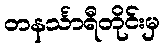
တနင်္သာရီတိုင်းမှ